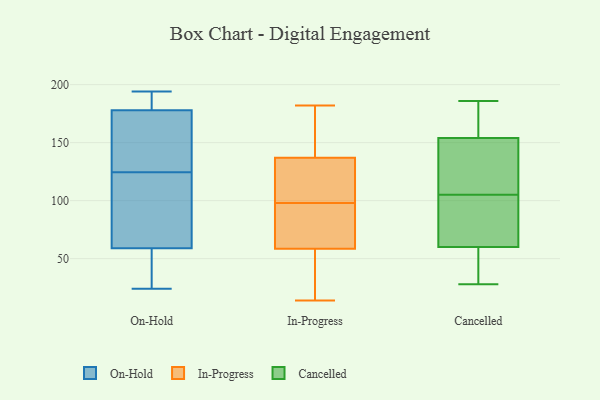
{"axis": {"x": "LTV (USD)", "y": "Value"}, "legend": ["Cancelled", "In-Progress", "On-Hold"], "data": [{"x": "", "y": 88, "type": "On-Hold"}, {"x": "", "y": 139, "type": "On-Hold"}, {"x": "", "y": 183, "type": "On-Hold"}, {"x": "", "y": 32, "type": "On-Hold"}, {"x": "", "y": 59, "type": "On-Hold"}, {"x": "", "y": 115, "type": "On-Hold"}, {"x": "", "y": 131, "type": "On-Hold"}, {"x": "", "y": 178, "type": "On-Hold"}, {"x": "", "y": 90, "type": "On-Hold"}, {"x": "", "y": 145, "type": "On-Hold"}, {"x": "", "y": 118, "type": "On-Hold"}, {"x": "", "y": 30, "type": "On-Hold"}, {"x": "", "y": 178, "type": "On-Hold"}, {"x": "", "y": 171, "type": "On-Hold"}, {"x": "", "y": 186, "type": "On-Hold"}, {"x": "", "y": 194, "type": "On-Hold"}, {"x": "", "y": 31, "type": "On-Hold"}, {"x": "", "y": 24, "type": "On-Hold"}, {"x": "", "y": 83, "type": "In-Progress"}, {"x": "", "y": 170, "type": "In-Progress"}, {"x": "", "y": 53, "type": "In-Progress"}, {"x": "", "y": 30, "type": "In-Progress"}, {"x": "", "y": 133, "type": "In-Progress"}, {"x": "", "y": 141, "type": "In-Progress"}, {"x": "", "y": 84, "type": "In-Progress"}, {"x": "", "y": 112, "type": "In-Progress"}, {"x": "", "y": 74, "type": "In-Progress"}, {"x": "", "y": 14, "type": "In-Progress"}, {"x": "", "y": 182, "type": "In-Progress"}, {"x": "", "y": 64, "type": "In-Progress"}, {"x": "", "y": 182, "type": "In-Progress"}, {"x": "", "y": 123, "type": "In-Progress"}, {"x": "", "y": 124, "type": "In-Progress"}, {"x": "", "y": 43, "type": "In-Progress"}, {"x": "", "y": 28, "type": "Cancelled"}, {"x": "", "y": 154, "type": "Cancelled"}, {"x": "", "y": 154, "type": "Cancelled"}, {"x": "", "y": 68, "type": "Cancelled"}, {"x": "", "y": 186, "type": "Cancelled"}, {"x": "", "y": 156, "type": "Cancelled"}, {"x": "", "y": 112, "type": "Cancelled"}, {"x": "", "y": 98, "type": "Cancelled"}, {"x": "", "y": 160, "type": "Cancelled"}, {"x": "", "y": 123, "type": "Cancelled"}, {"x": "", "y": 63, "type": "Cancelled"}, {"x": "", "y": 118, "type": "Cancelled"}, {"x": "", "y": 73, "type": "Cancelled"}, {"x": "", "y": 35, "type": "Cancelled"}, {"x": "", "y": 36, "type": "Cancelled"}, {"x": "", "y": 57, "type": "Cancelled"}]}